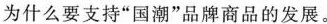
为什么要支持”国潮”品牌商品的发展。